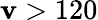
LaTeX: \mathbf{v}>120